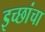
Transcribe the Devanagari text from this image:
इच्छांचा